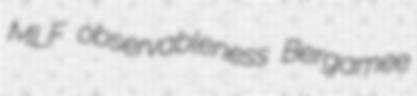
MLF observableness Bergamee